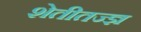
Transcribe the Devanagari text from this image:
शेतीतज्‍ज्ञ